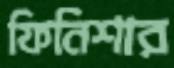
ফিনিশার